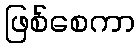
ဖြစ်စေကာ